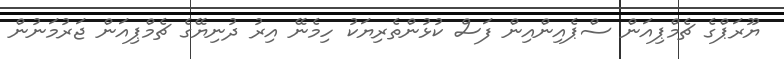
ޔޫރަޕްގެ ޗެމްޕިއަން ސްޕެއިންއިން ފަސް ކުޅުންތެރިޔަކު ހިމެނޭ އިރު ދުނިޔޭގެ ޗެމްޕިއަން ޖަރުމަނުން